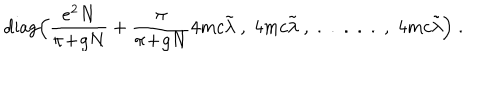
\mathrm { d i a g } \Big ( \frac { e ^ { 2 } N } { \pi \! + \! g N } + \frac { \pi } { \pi \! + \! g N } 4 m c \tilde { \lambda } \; , \; 4 m c \tilde { \lambda } \; , \; . \; . \; . \; . \; . \; , \; 4 m c \tilde { \lambda } \Big ) \; .